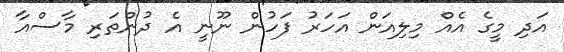
އަދި މީގެ އެއް މިލިއަން އަހަރު ފަހުން ނޫނީ އެ ދުންތަރި މާސްއާ